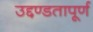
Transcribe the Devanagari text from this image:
उद्दण्डतापूर्ण